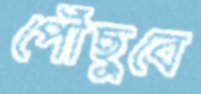
পৌঁছুবে